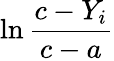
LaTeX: \ln{\frac{c-Y_{i}}{c-a}}